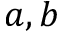
a , b